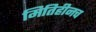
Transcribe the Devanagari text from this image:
मितिहीनच